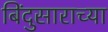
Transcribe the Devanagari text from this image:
बिंदुसाराच्या